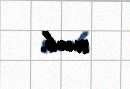
çıxıb.